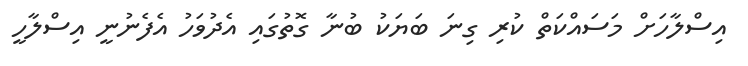
އިސްލާހަށް މަސައްކަތް ކުރި ގިނަ ބަޔަކު ބުނާ ގޮތުގައި އެދުވަހު އެފެނުނީ އިސްލާހީ